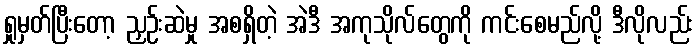
ရှုမှတ်ပြီးတော့ ညှဉ်းဆဲမှု အစရှိတဲ့ အဲဒီ အကုသိုလ်တွေကို ကင်းစေမည်လို့ ဒီလိုလည်း